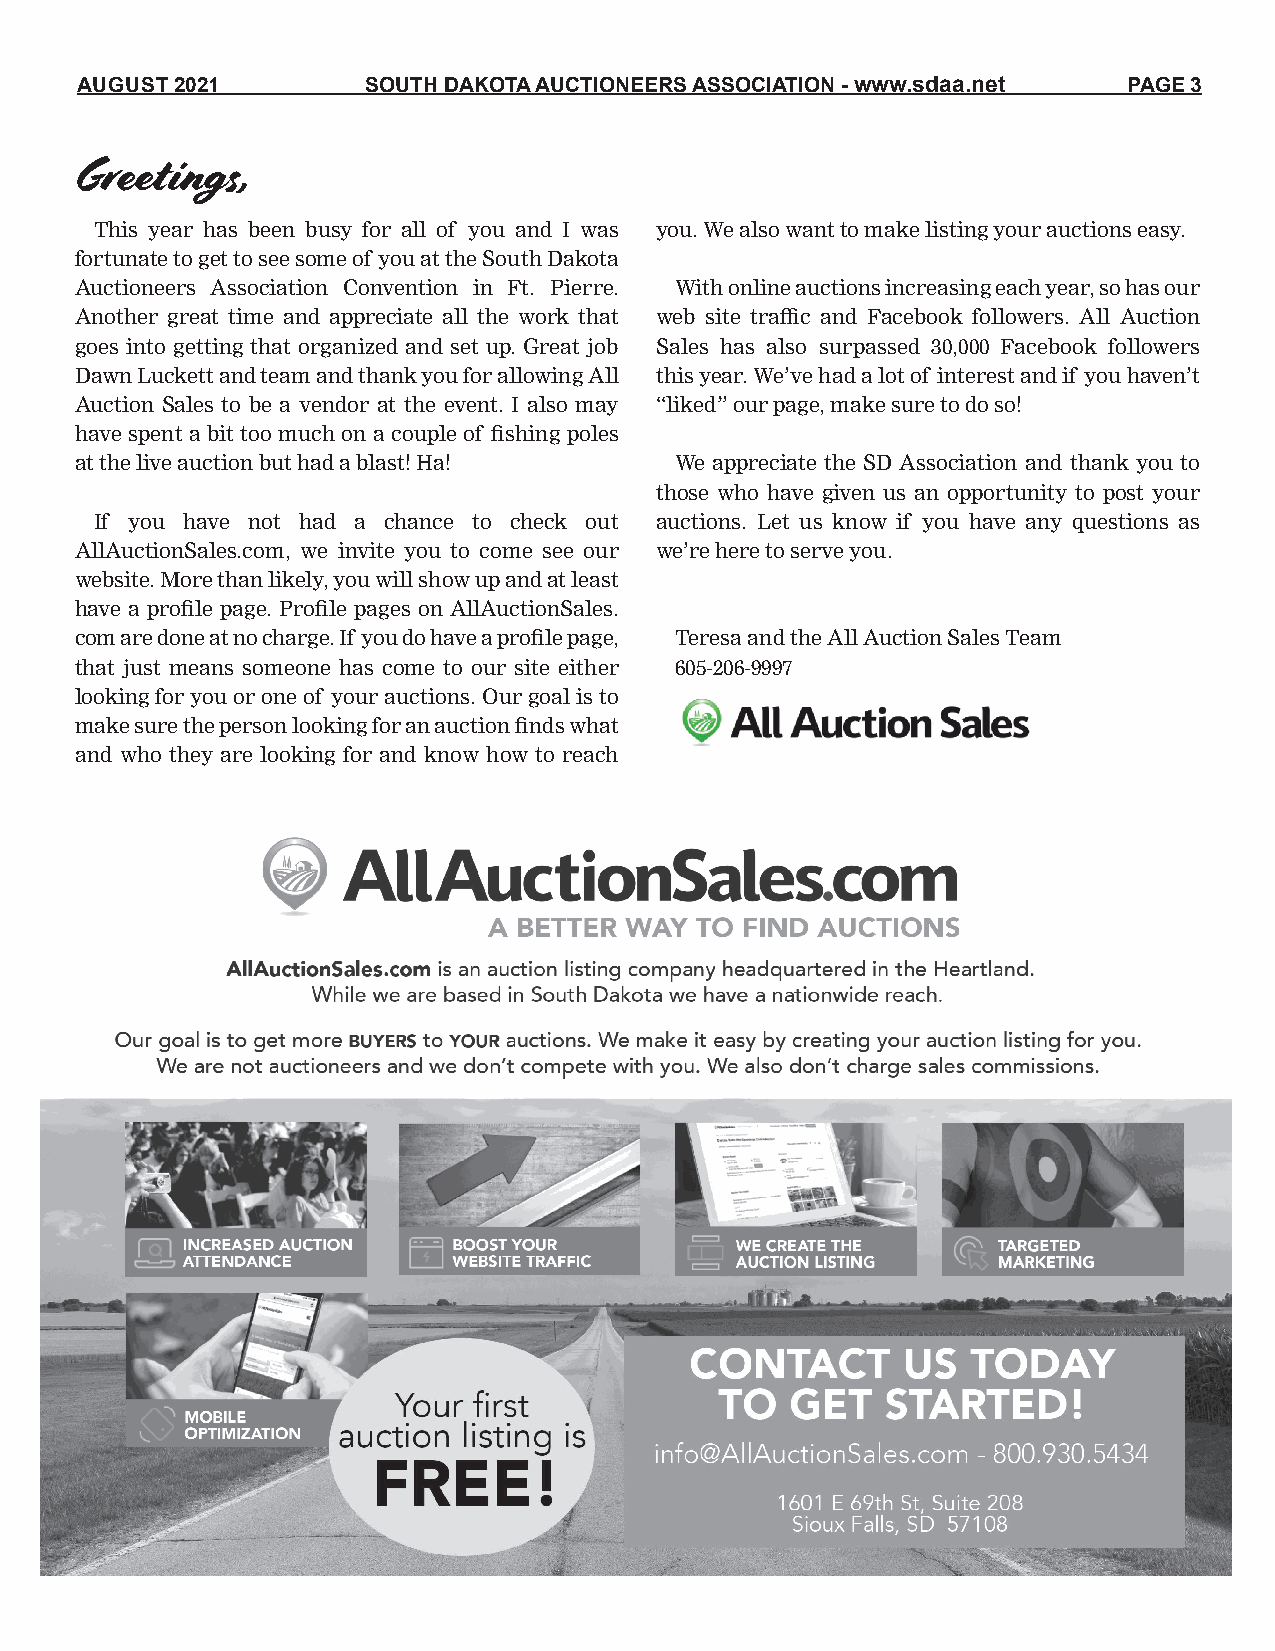
AUGUST 2021        SOUTH DAKOTA AUCTIONEERS ASSOCIATION - www.sdaa.net PAGE 3
 Greetings,
 This year has been busy for all of you and I was you. We also want to make listing your auctions easy.
 fortunate to get to see some of you at the South Dakota
 Auctioneers Association Convention in Ft. Pierre. With online auctions increasing each year, so has our
 Another great time and appreciate all the work that web site traffic and Facebook followers. All Auction
 goes into getting that organized and set up. Great job Sales has also surpassed 30,000 Facebook followers
 Dawn Luckett and team and thank you for allowing All this year. We’ve had a lot of interest and if you haven’t
 Auction Sales to be a vendor at the event. I also may “liked” our page, make sure to do so!
 have spent a bit too much on a couple of fishing poles
 at the live auction but had a blast! Ha! We appreciate the SD Association and thank you to
 those who have given us an opportunity to post your
 If you have not had a chance to check out auctions. Let us know if you have any questions as
 AllAuctionSales.com, we invite you to come see our we’re here to serve you.
 website. More than likely, you will show up and at least
 have a profile page. Profile pages on AllAuctionSales.
 com are done at no charge. If you do have a profile page, Teresa and the All Auction Sales Team
 that just means someone has come to our site either 605-206-9997
 looking for you or one of your auctions. Our goal is to
 make sure the person looking for an auction finds what
 and who they are looking for and know how to reach